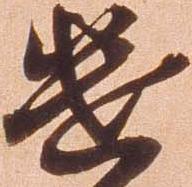
遣